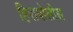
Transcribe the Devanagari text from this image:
हिरापोलीस